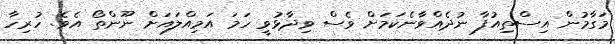
މަގާމުން އިސްތިއުފާ ނުދެއްވާނެކަމަށް ވެސް ވިދާޅުވީ ހަމަ އަމިއްލައަށް ނޫންތޯ އެވެ. ހުރިހާ